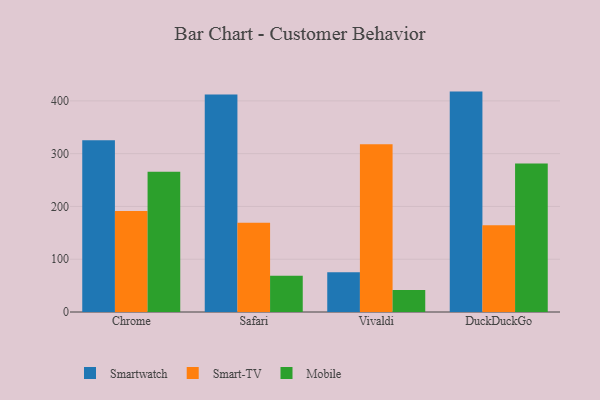
{"axis": {"x": "Browser", "y": "Customer Acquisition Cost (USD)"}, "legend": ["Mobile", "Smart-TV", "Smartwatch"], "data": [{"x": "Chrome", "y": 325.2, "type": "Smartwatch"}, {"x": "Chrome", "y": 191.4, "type": "Smart-TV"}, {"x": "Chrome", "y": 265.7, "type": "Mobile"}, {"x": "Safari", "y": 412.1, "type": "Smartwatch"}, {"x": "Safari", "y": 169.0, "type": "Smart-TV"}, {"x": "Safari", "y": 68.5, "type": "Mobile"}, {"x": "Vivaldi", "y": 75.3, "type": "Smartwatch"}, {"x": "Vivaldi", "y": 317.7, "type": "Smart-TV"}, {"x": "Vivaldi", "y": 41.7, "type": "Mobile"}, {"x": "DuckDuckGo", "y": 417.6, "type": "Smartwatch"}, {"x": "DuckDuckGo", "y": 164.2, "type": "Smart-TV"}, {"x": "DuckDuckGo", "y": 281.5, "type": "Mobile"}]}